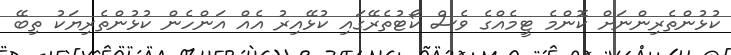
ކުޅުންތެރިންނަށް ކޮންމެ ޓީމެއްގެ ވެސް ކޯޓުތެރޭގައި ކުޅޭއިރު އެއް އަންހެން ކުޅުންތެރިޔަކު ތިބޭ